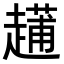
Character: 𧽬